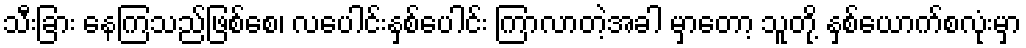
သီးခြား နေကြသည်ဖြစ်စေ၊ လပေါင်းနှစ်ပေါင်း ကြာလာတဲ့အခါ မှာတော့ သူတို့ နှစ်ယောက်စလုံးမှာ